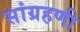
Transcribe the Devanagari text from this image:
सांग्रहणी